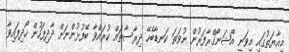
މިއާޔަތުގައި މިވަނީ އޯޝަނޯގްރާފަރުން ނުވަތަ ކަނޑާބެހޭ ދިރާސާތައް ކުރައްވާ ބޭފުޅުންނަށް ދާދިފަހުން ހޯދިފައިވާ